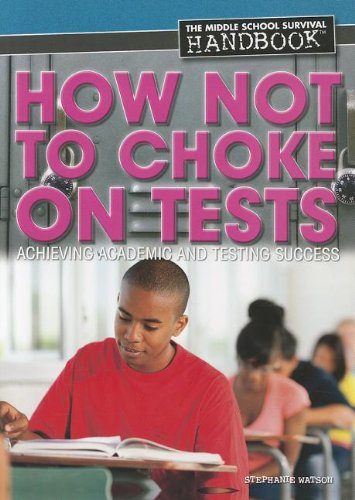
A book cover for How Not to Choke on Tests: Achieving Academic and Testing Success (Middle School Survival Handbooks (Rosen)); Stephanie Watson; Teen & Young Adult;